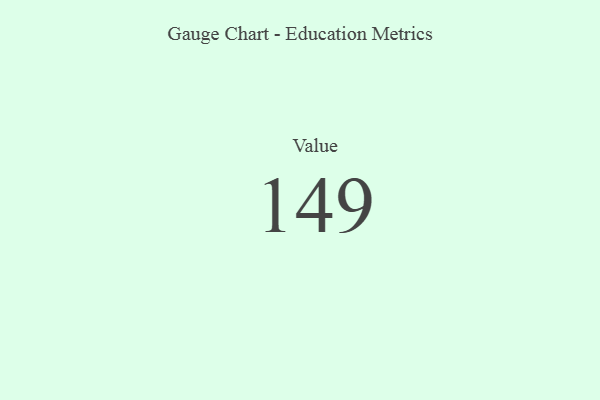
{"axis": {"x": "Metric", "y": "Value"}, "legend": [""], "data": [{"x": "Value", "y": 149, "type": ""}]}